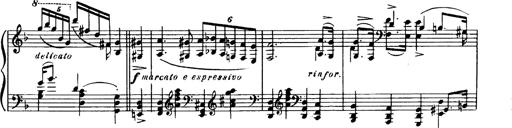
Title: Magyar dalok
Composer: Franz Liszt